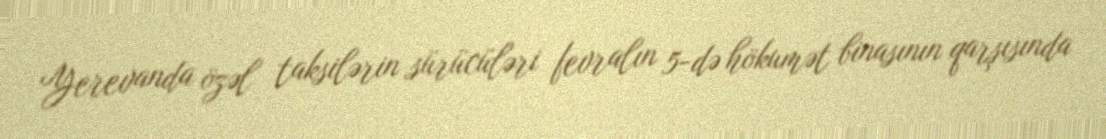
Yerevanda özəl taksilərin sürücüləri fevralın 5-də hökumət binasının qarşısında